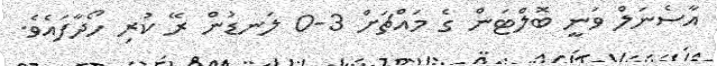
އާސެނަލް ވަނީ ބޮލްޓަން ގެ މައްޗަށް 3-0 ލަނޑުން ރޭ ކުރި ހޯދާފައެވެ.